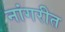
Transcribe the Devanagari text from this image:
नांगरीत